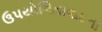
ઉપયોગિતાવાદના